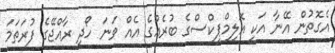
އެގޮތުން އޭނާ އަކީ އޮލިމްޕިކްސްގެ ބުރެއްގެ އެއް ވަނަ ހޯދި ރާއްޖޭގެ ފުރަތަމަ